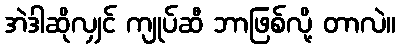
အဲဒါဆိုလျှင် ကျုပ်ဆီ ဘာဖြစ်လို့ တာလဲ။